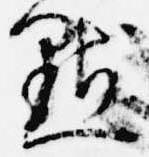
点